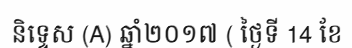
និទ្ទេស (A) ឆ្នាំ២០១៧ ( ថ្ងៃទី 14 ខែ